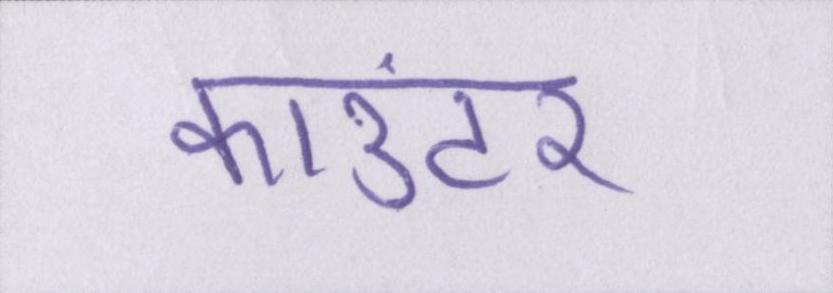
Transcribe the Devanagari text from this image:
काउंटर